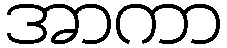
အာကာ